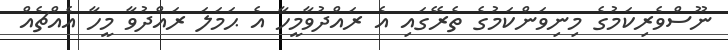
ނޫސްވެރިކަމުގެ މިނިވަންކަމުގެ ތެރޭގައި އެ ރައްދުވާމީހާ އެ ޙަމަލަ ރައްދުވާ މީހާ އެއްޗެއް